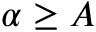
\alpha \geq A